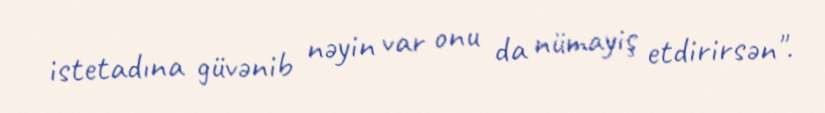
istetadına güvənib nəyin var onu da nümayiş etdirirsən".